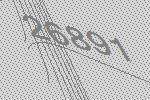
26891